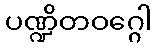
ပဏ္ဍိတဝဂ္ဂေါ